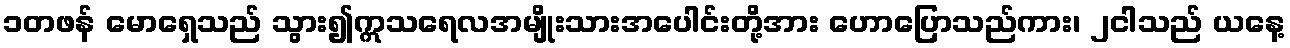
၁တဖန် မောရှေသည် သွား၍ဣသရေလအမျိုးသားအပေါင်းတို့အား ဟောပြောသည်ကား၊ ၂ငါသည် ယနေ့